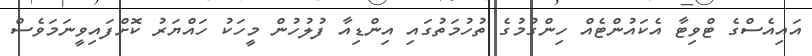
އައިއެސްގެ ޓްވިޓާ އެކައުންޓެއް ހިންގުމުގެ ތުހުމަތުގައި އިންޑިއާ ފުލުހުން މީހަކު ހައްޔަރު ކޮށްފައިވީނަމަވެސް